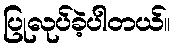
ပြုလုပ်ခဲ့ပါတယ်။